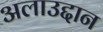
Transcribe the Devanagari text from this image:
अलाउद्दान